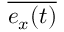
\overline { { e _ { x } ( t ) } }